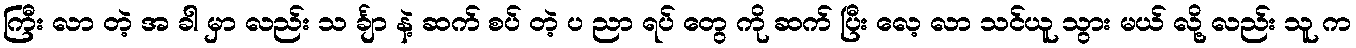
ကြီး လာ တဲ့ အ ခါ မှာ လည်း သ င်္ချာ နဲ့ ဆက် စပ် တဲ့ ပ ညာ ရပ် တွေ ကို ဆက် ပြီး လေ့ လာ သင်ယူ သွား မယ် လို့ လည်း သူ က